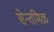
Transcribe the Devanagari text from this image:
सेन्तमिळ